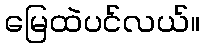
မြေထဲပင်လယ်။